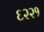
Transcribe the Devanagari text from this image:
६२२१